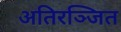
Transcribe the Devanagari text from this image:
अतिरञ्जित